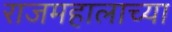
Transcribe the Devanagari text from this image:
राजमहालाच्या